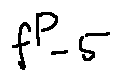
f ^ { P - 5 }